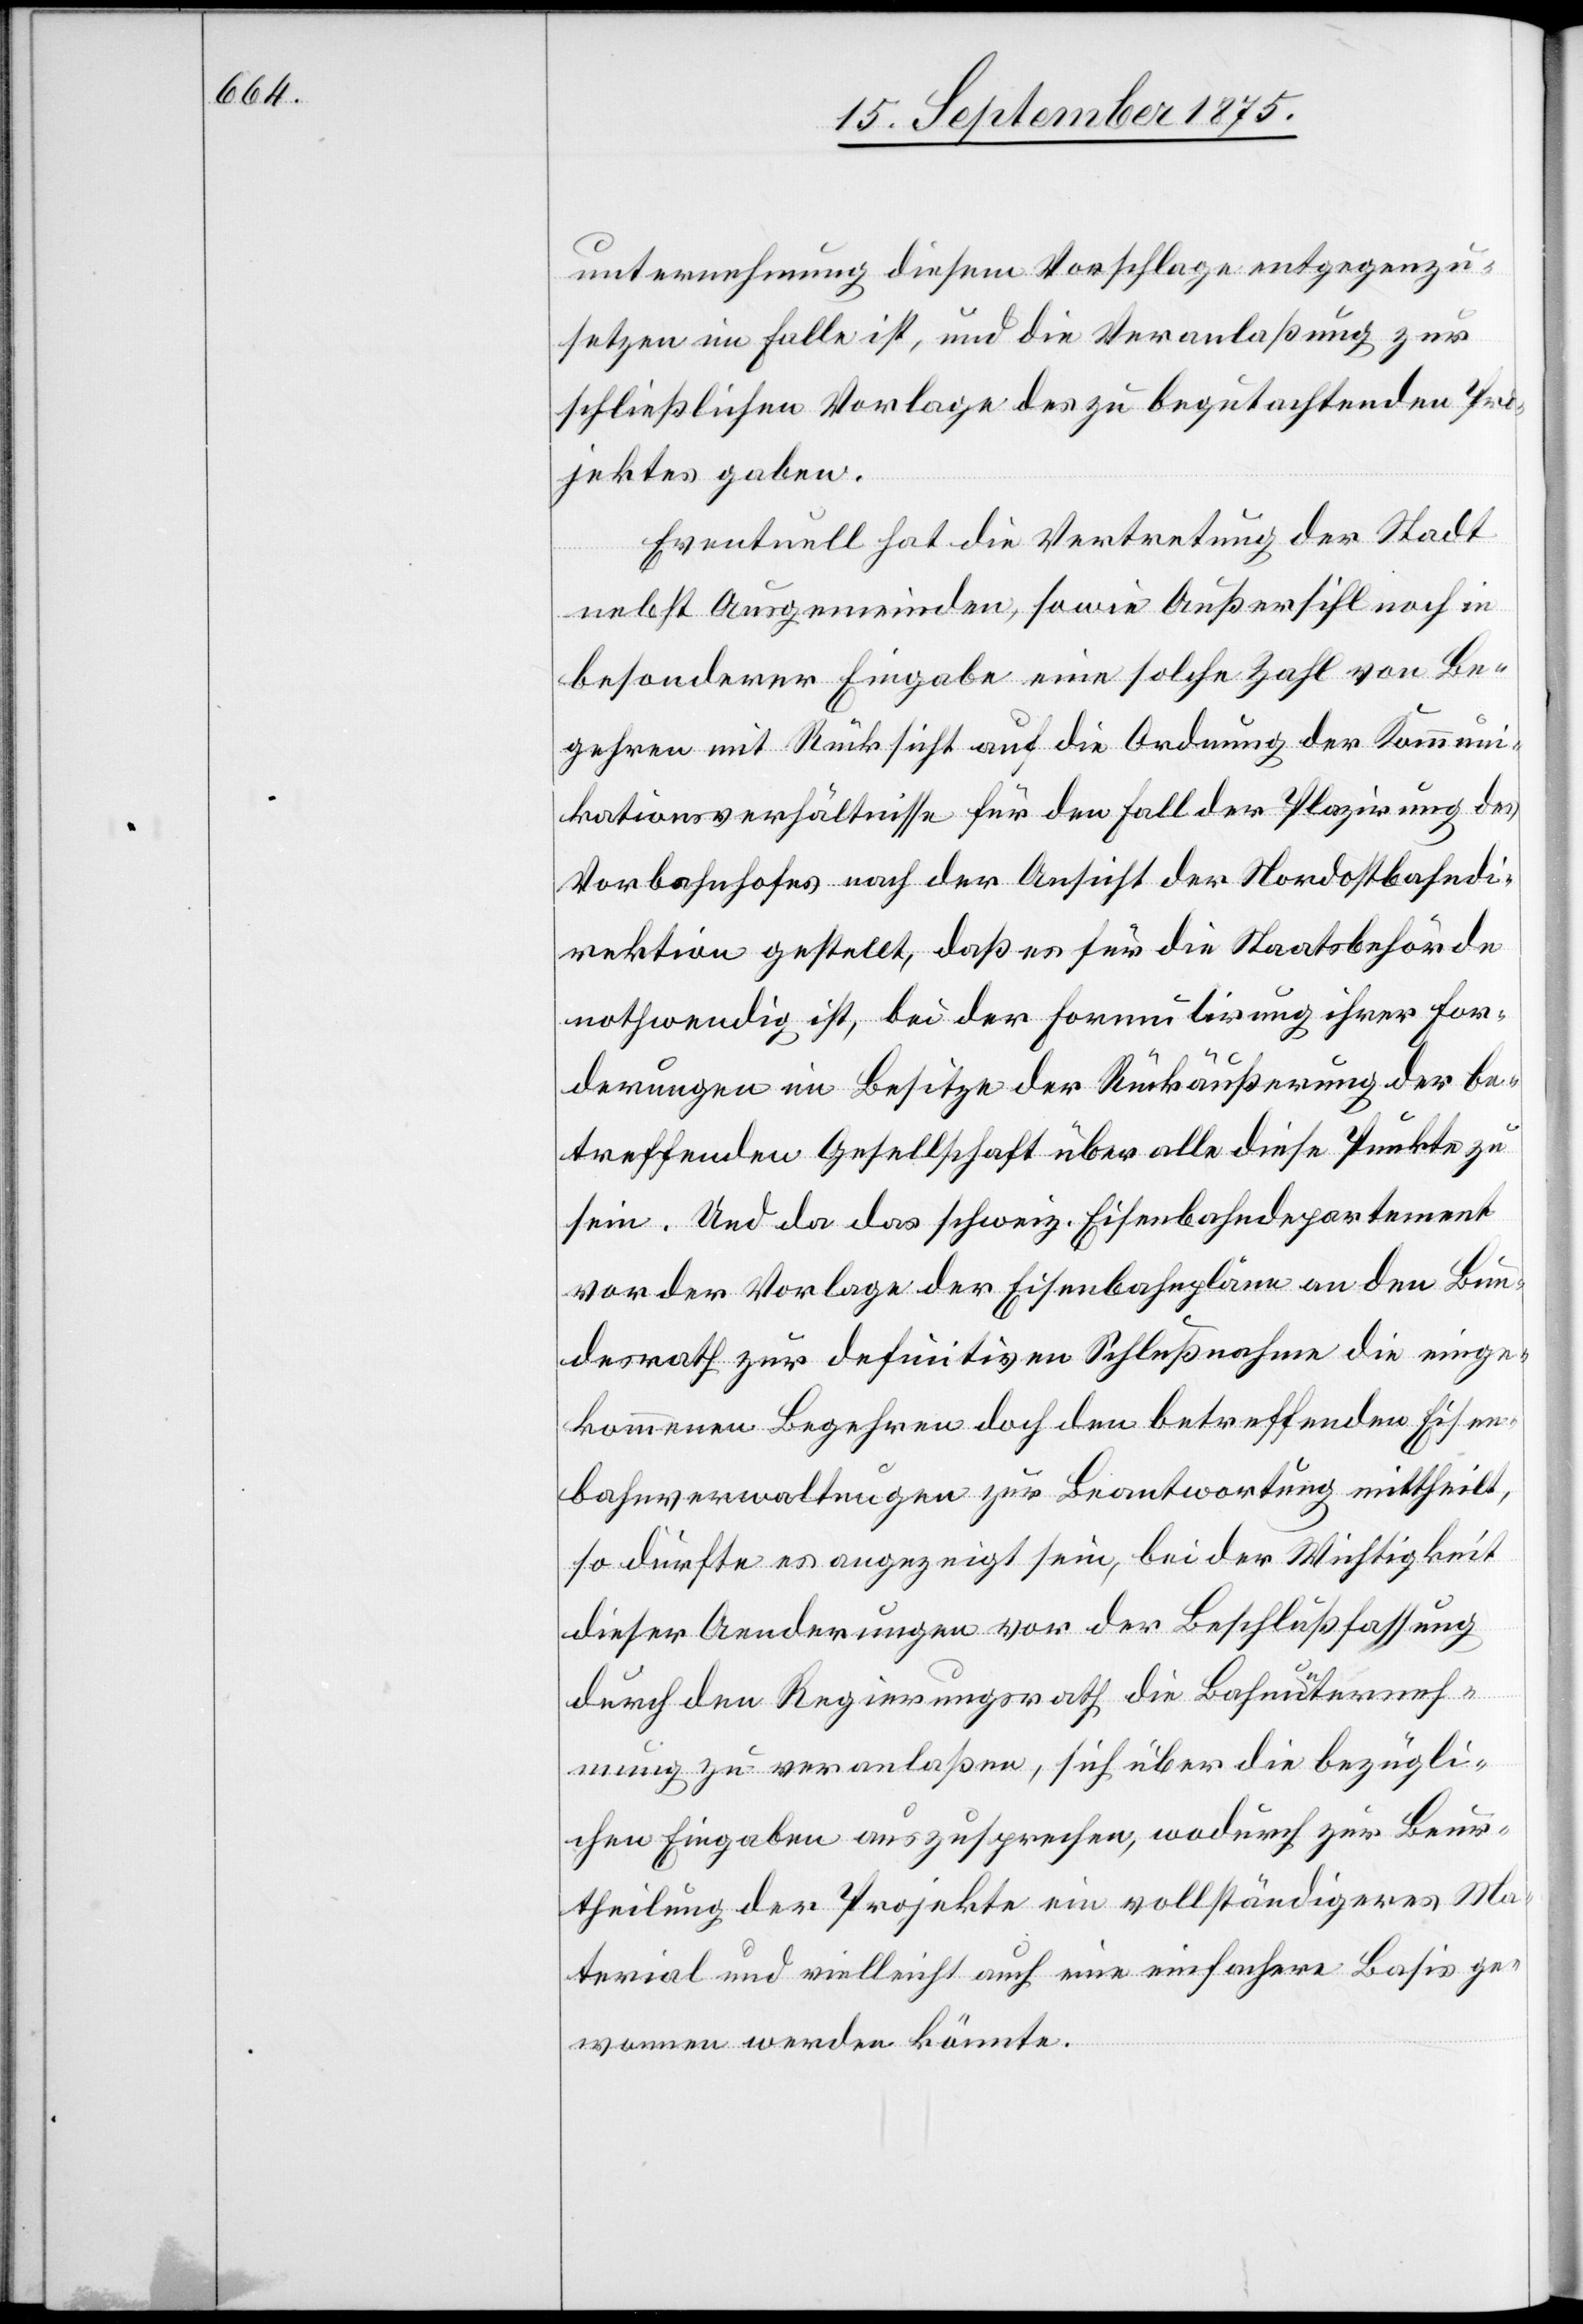
unternehmung diesem Vorschlage entgegenzu¬
setzen im Falle ist, und die Veranlaßung zur
schließlichen Vorlage des zu begutachtenden Pro¬
jektes gaben.
Eventuell hat die Vertretung der Stadt
nebst Ausgemeinden, sowie Außersihl noch in
besonderer Eingabe eine solche Zahl von Be¬
gehren mit Rücksicht auf die Ordnung der Kommuni¬
kationsverhältnisse für den Fall der Plazirung des
Vorbahnhofes nach der Ansicht der Nordostbahndi¬
rektion gestellt, daß es für die Staatsbehörde
nothwendig ist, bei der Formulirung ihrer For¬
derungen im Besitze der Rückäußerung der be¬
treffenden Gesellschaft über alle diese Punkte zu
sein. Und da das schweiz. Eisenbahndepartement
vor der Vorlage der Eisenbahnpläne an den Bun¬
desrath zur definitiven Schlußnahme die einge¬
kommenen Begehren doch den betreffenden Eisen¬
bahnverwaltungen zur Beantwortung mittheilt,
so dürfte es angezeigt sein, bei der Wichtigkeit
dieser Aenderungen vor der Beschlußfassung
durch den Regierungsrath die Bahnunterneh¬
mung zu veranlaßen, sich über die bezügli¬
chen Eingaben auszusprechen, wodurch zur Beur¬
theilung der Projekte ein vollständigeres Ma¬
terial und vielleicht auch eine einfachere Basis ge¬
wonnen werden könnte.